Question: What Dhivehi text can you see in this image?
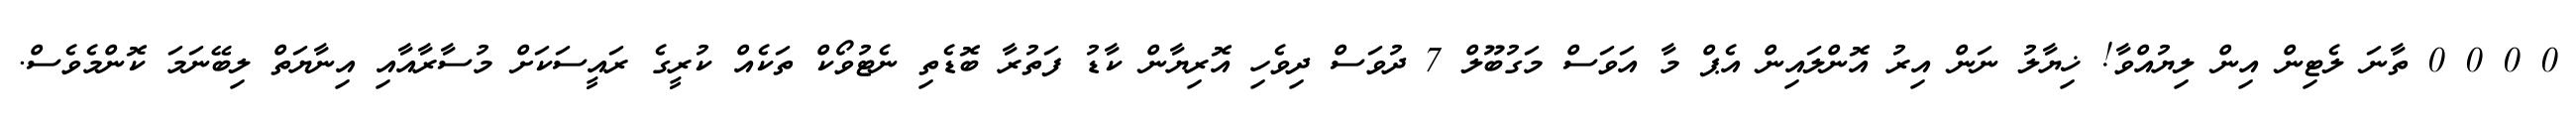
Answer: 0 0 0 0 ތާނަ ލެޓިން އިން ލިޔުއްވާ! ޚިޔާލު ނަން އިރު އޮންލައިން އެޕް މާ އަވަސް މަގުބޫލް 7 ދުވަސް ދިވެހި އޮރިޔާން ކާޑު ފަތުރާ ބޮޑެތި ނެޓުވޯކް ތަކެއް ކުރީގެ ރައީސަކަށް މުސާރާއާއި އިނާޔަތް ލިބޭނަމަ ކޮންމެވެސް.